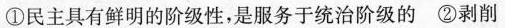
①民主具有鲜明的阶级性，是服务于统治阶级的②剥削